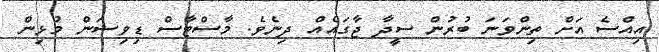
އިއްސެ އަށް ތިންވަނަ ބުރުން ސީދާ ޖާގައެއް ދިނެވެ. މާސްޓާސް ޑިވިޝަން މުޅިން